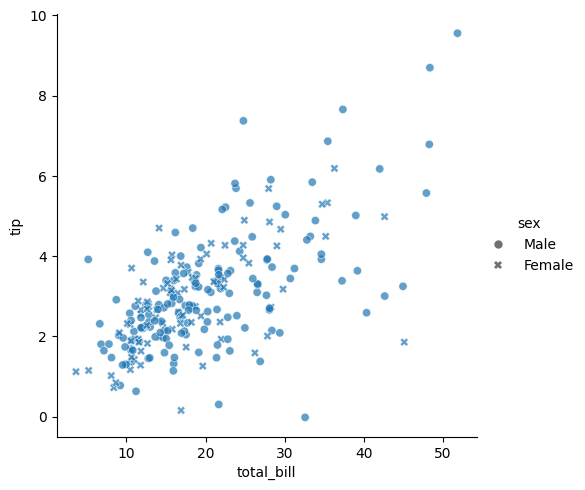
python, seaborn, relplot, alpha=0.7